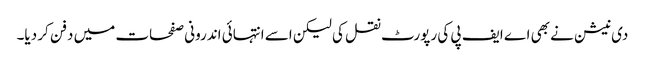
دی نیشن نے بھی اے ایف پی کی رپورٹ نقل کی لیکن اسے انتہائی اندرونی صفحات میں دفن کر دیا۔